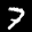
Label: 7